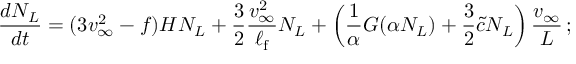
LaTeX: \frac { d N _ { L } } { d t } = ( 3 v _ { \infty } ^ { 2 } - f ) H N _ { L } + \frac { 3 } { 2 } \frac { v _ { \infty } ^ { 2 } } { \ell _ { \mathrm { f } } } N _ { L } + \left( \frac { 1 } { \alpha } G ( \alpha N _ { L } ) + \frac { 3 } { 2 } { \tilde { c } } N _ { L } \right) \frac { v _ { \infty } } { L } \, ;